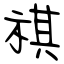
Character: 祺